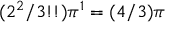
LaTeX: ( 2 ^ { 2 } / 3 ! ! ) \pi ^ { 1 } = ( 4 / 3 ) \pi